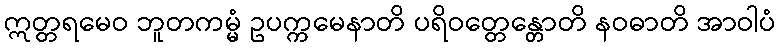
ဣတ္တရမေဝ ဘူတကမ္မံ ဥပက္ကမေနာတိ ပရိဝတ္တေန္တောတိ နဝဓာတိ အာဝါပံ